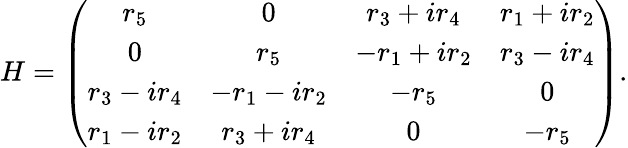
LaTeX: H=\left(\begin{array}{cccc}{{r_{5}}}&{{0}}&{{r_{3}+ir_{4}}}&{{r_{1}+ir_{2}}}\\ {{0}}&{{r_{5}}}&{{-r_{1}+ir_{2}}}&{{r_{3}-ir_{4}}}\\ {{r_{3}-ir_{4}}}&{{-r_{1}-ir_{2}}}&{{-r_{5}}}&{{0}}\\ {{r_{1}-ir_{2}}}&{{r_{3}+ir_{4}}}&{{0}}&{{-r_{5}}}\end{array}\right).